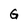
Character: G